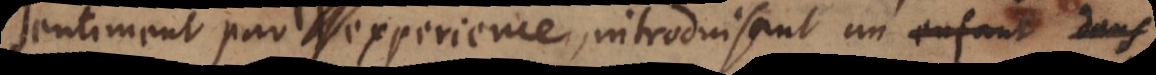
sentiment par l’experience, introduisant un enfant dans